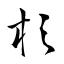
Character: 杉